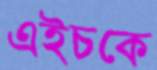
এইচকে